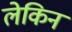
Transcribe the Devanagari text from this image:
लेकिन